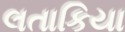
લતાકિયા